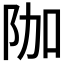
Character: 𮤿